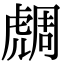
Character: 𧇟